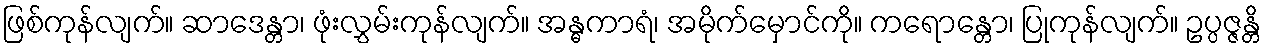
ဖြစ်ကုန်လျက်။ ဆာဒေန္တာ၊ ဖုံးလွှမ်းကုန်လျက်။ အန္ဓကာရံ၊ အမိုက်မှောင်ကို။ ကရောန္တော၊ ပြုကုန်လျက်။ ဥပ္ပဇ္ဇန္တိ